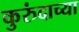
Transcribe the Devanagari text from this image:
कुरुंदाच्या